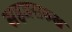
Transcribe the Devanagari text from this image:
सहजसरुख